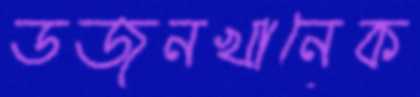
ডজনখানেক